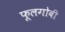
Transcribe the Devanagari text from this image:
फूलगोबी